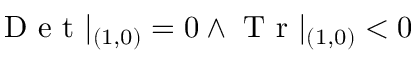
\mathrm { ~ D ~ e ~ t ~ } | _ { ( 1 , 0 ) } = 0 \land \mathrm { ~ T ~ r ~ } | _ { ( 1 , 0 ) } < 0